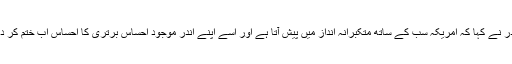
مقتدی صدر نے کہا کہ امریکہ سب کے ساتھ متکبرانہ انداز میں پیش آتا ہے اور اسے اپنے اندر موجود احساس برتری کا احساس اب ختم کر دینا چاہئے۔